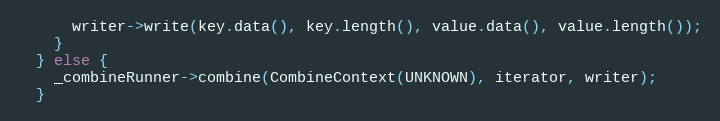
Language: C++
      writer->write(key.data(), key.length(), value.data(), value.length());
    }
  } else {
    _combineRunner->combine(CombineContext(UNKNOWN), iterator, writer);
  }